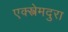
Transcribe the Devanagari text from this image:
एक्स्त्रेमदुरा